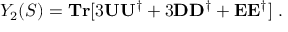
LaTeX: Y _ { 2 } ( S ) = { \bf T r } [ 3 { \bf U U ^ { \dagger } } + 3 { \bf D D ^ { \dagger } } + { \bf E E ^ { \dagger } } ] \; .